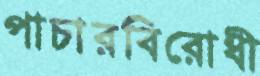
পাচারবিরোধী